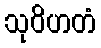
သုဝိဟတံ